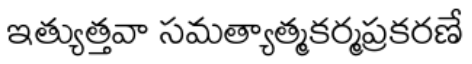
ఇత్యుత్తవా సమత్యాత్మకర్మప్రకరణే